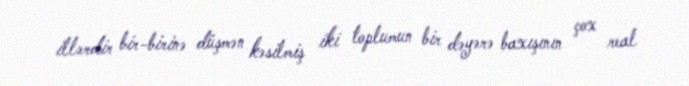
illərdir bir-birinə düşmən kəsilmiş iki toplumun bir dəyərə baxışının çox real